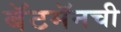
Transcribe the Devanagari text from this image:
बॅटमॅनची